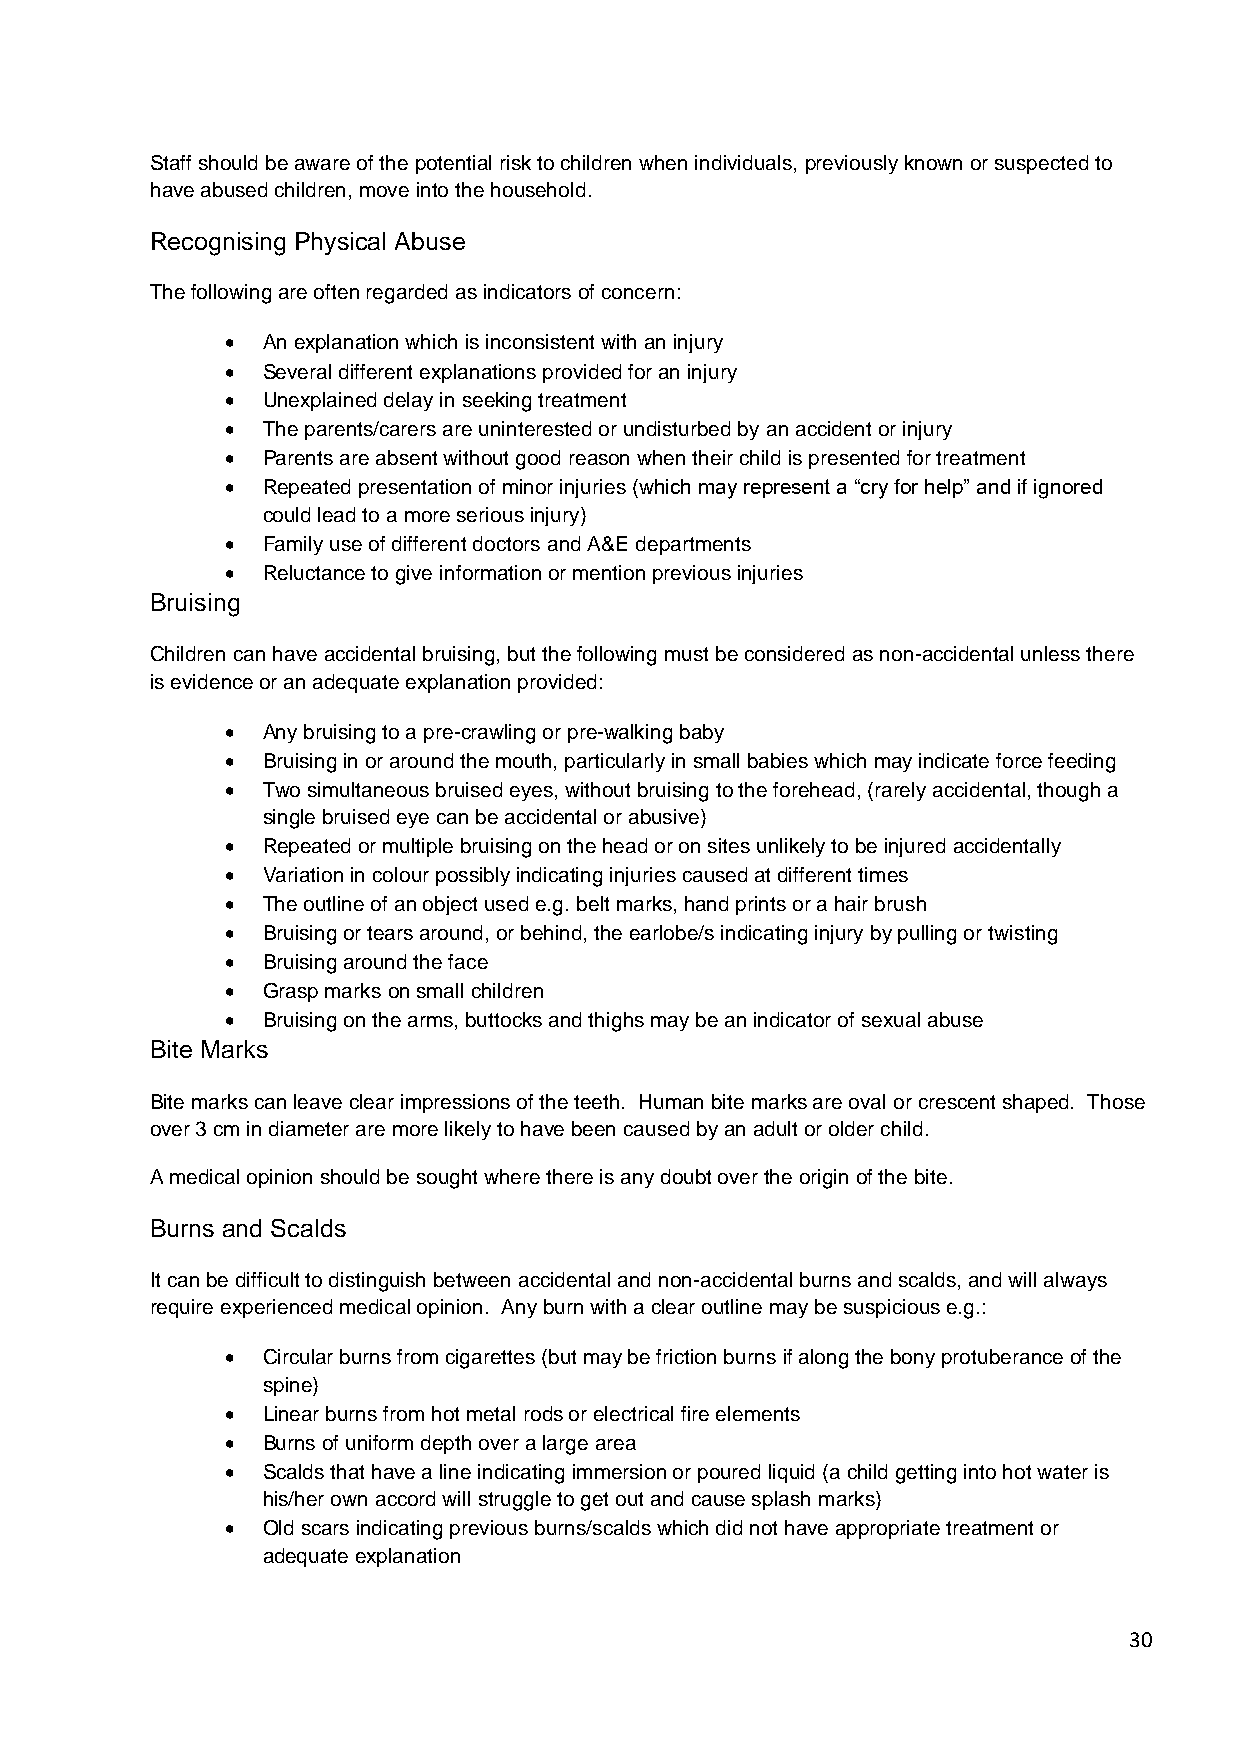
Staff should be aware of the potential risk to children when individuals, previously known or suspected to
 have abused children, move into the household.
 Recognising Physical Abuse
 The following are often regarded as indicators of concern:
 • An explanation which is inconsistent with an injury
 • Several different explanations provided for an injury
 • Unexplained delay in seeking treatment
 • The parents/carers are uninterested or undisturbed by an accident or injury
 • Parents are absent without good reason when their child is presented for treatment
 • Repeated presentation of minor injuries (which may represent a “cry for help” and if ignored
 could lead to a more serious injury)
 • Family use of different doctors and A&E departments
 • Reluctance to give information or mention previous injuries
 Bruising
 Children can have accidental bruising, but the following must be considered as non-accidental unless there
 is evidence or an adequate explanation provided:
 • Any bruising to a pre-crawling or pre-walking baby
 • Bruising in or around the mouth, particularly in small babies which may indicate force feeding
 • Two simultaneous bruised eyes, without bruising to the forehead, (rarely accidental, though a
 single bruised eye can be accidental or abusive)
 • Repeated or multiple bruising on the head or on sites unlikely to be injured accidentally
 • Variation in colour possibly indicating injuries caused at different times
 • The outline of an object used e.g. belt marks, hand prints or a hair brush
 • Bruising or tears around, or behind, the earlobe/s indicating injury by pulling or twisting
 • Bruising around the face
 • Grasp marks on small children
 • Bruising on the arms, buttocks and thighs may be an indicator of sexual abuse
 Bite Marks
 Bite marks can leave clear impressions of the teeth. Human bite marks are oval or crescent shaped. Those
 over 3 cm in diameter are more likely to have been caused by an adult or older child.
 A medical opinion should be sought where there is any doubt over the origin of the bite.
 Burns and Scalds
 It can be difficult to distinguish between accidental and non-accidental burns and scalds, and will always
 require experienced medical opinion. Any burn with a clear outline may be suspicious e.g.:
 • Circular burns from cigarettes (but may be friction burns if along the bony protuberance of the
 spine)
 • Linear burns from hot metal rods or electrical fire elements
 • Burns of uniform depth over a large area
 • Scalds that have a line indicating immersion or poured liquid (a child getting into hot water is
 his/her own accord will struggle to get out and cause splash marks)
 • Old scars indicating previous burns/scalds which did not have appropriate treatment or
 adequate explanation
 30